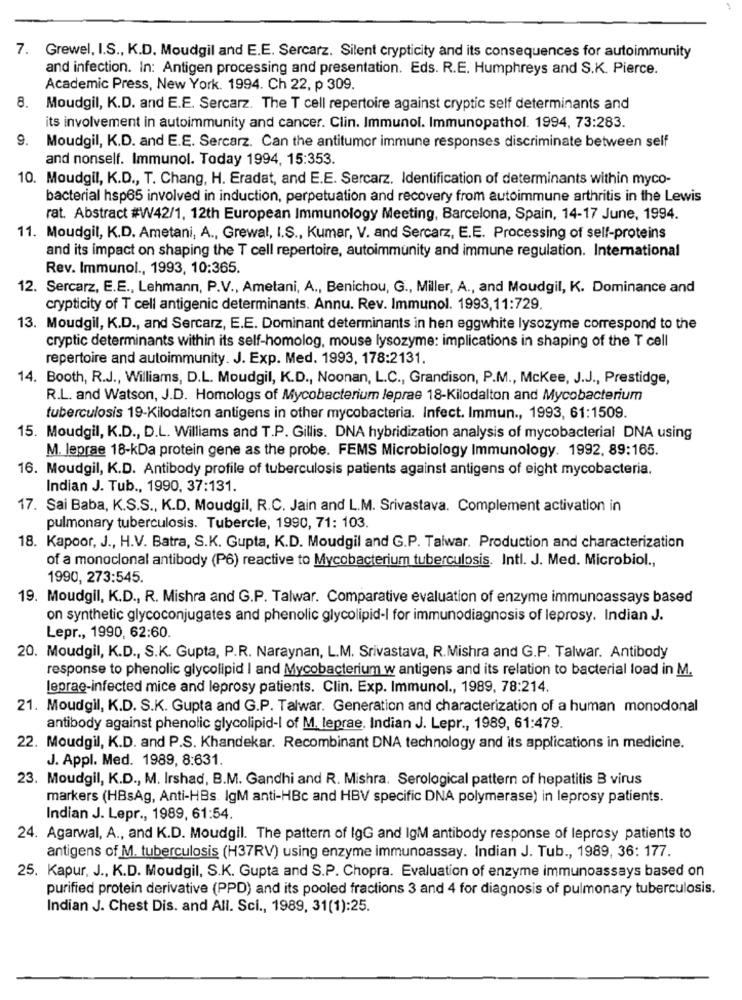
7. Grewel, I.S ., K.D. Moudgil and E.E. Sercarz. Silent crypticity and its consequences for autoimmunity
and infection. In: Antigen processing and presentation. Eds. R.E. Humphreys and S.K. Pierce.
Academic Press, New York. 1994. Ch 22, p 309.
8.
Moudgil, K.D. and E.E. Sercarz. The T cell repertoire against cryptic self determinants and
its involvement in autoimmunity and cancer. Clin. Immunol. Immunopathol. 1994, 73:283.
9.
Moudgil, K.D. and E.E. Sercarz. Can the antitumor immune responses discriminate between self
and nonself. Immunol. Today 1994, 15:353.
10. Moudgil, K.D ., T. Chang, H. Eradat, and E.E. Sercarz. Identification of determinants within myco-
bacterial hsp65 involved in induction, perpetuation and recovery from autoimmune arthritis in the Lewis
rat. Abstract #W42/1, 12th European Immunology Meeting, Barcelona, Spain, 14-17 June, 1994.
11. Moudgil, K.D. Ametani, A ., Grewal, I.S ., Kumar, V. and Sercarz, E.E. Processing of self-proteins
and its impact on shaping the T cell repertoire, autoimmunity and immune regulation. International
Rev. Immunol ., 1993, 10:365.
12. Sercarz, E.E ., Lehmann, P.V ., Ametani, A ., Benichou, G ., Miller, A ., and Moudgil, K. Dominance and
crypticity of T cell antigenic determinants. Annu. Rev. Immunol. 1993,11:729.
13. Moudgil, K.D ., and Sercarz, E.E. Dominant determinants in hen eggwhite lysozyme correspond to the
cryptic determinants within its self-homolog, mouse lysozyme: implications in shaping of the T cell
repertoire and autoimmunity. J. Exp. Med. 1993, 178:2131.
14. Booth, R.J ., Williams, D.L. Moudgil, K.D ., Noonan, L.C ., Grandison, P.M ., Mckee, J.J ., Prestidge,
R.L. and Watson, J.D. Homologs of Mycobacterium leprae 18-Kilodalton and Mycobacterium
tuberculosis 19-Kilodalton antigens in other mycobacteria. Infect. Immun ., 1993, 61:1509.
15. Moudgil, K.D ., D.L. Williams and T.P. Gillis. DNA hybridization analysis of mycobacterial DNA using
M. leprae 18-kDa protein gene as the probe. FEMS Microbiology Immunology. 1992, 89:165.
16. Moudgil, K.D. Antibody profile of tuberculosis patients against antigens of eight mycobacteria.
Indian J. Tub ., 1990, 37:131.
17. Sai Baba, K.S.S ., K.D. Moudgil, R.C. Jain and L.M. Srivastava. Complement activation in
pulmonary tuberculosis. Tubercle, 1990, 71: 103.
18. Kapoor, J ., H.V. Batra, S.K. Gupta, K.D. Moudgil and G.P. Talwar. Production and characterization
of a monoclonal antibody (P6) reactive to Mycobacterium tuberculosis. Intl. J. Med. Microbiol .,
1990, 273:545.
19. Moudgil, K.D ., R. Mishra and G.P. Talwar. Comparative evaluation of enzyme immunoassays based
on synthetic glycoconjugates and phenolic glycolipid-I for immunodiagnosis of leprosy. Indian J.
Lepr ., 1990, 62:60.
20. Moudgil, K.D ., S.K. Gupta, P.R. Naraynan, L.M. Srivastava, R.Mishra and G.P. Talwar. Antibody
response to phenolic glycolipid | and Mycobacterium w antigens and its relation to bacterial load in M.
leprae-infected mice and leprosy patients. Clin. Exp. Immunol ., 1989, 78:214.
21. Moudgil, K.D. S.K. Gupta and G.P. Talwar. Generation and characterization of a human monodonal
antibody against phenolic glycolipid-I of M. leprae, Indian J. Lepr ., 1989, 61:479.
22. Moudgil, K.D. and P.S. Khandekar. Recombinant DNA technology and its applications in medicine.
J. Appl. Med. 1989, 8:631.
23. Moudgil, K.D ., M. Irshad, B.M. Gandhi and R. Mishra. Serological pattern of hepatitis B virus
markers (HBsAg, Anti-HBs. IgM anti-HBc and HBV specific DNA polymerase) in leprosy patients.
Indian J. Lepr ., 1989, 61:54.
24. Agarwal, A ., and K.D. Moudgil. The pattern of IgG and IgM antibody response of leprosy patients to
antigens of M. tuberculosis (H37RV) using enzyme immunoassay. Indian J. Tub ., 1989, 36: 177.
25. Kapur, J ., K.D. Moudgil, S.K. Gupta and S.P. Chopra. Evaluation of enzyme immunoassays based on
purified protein derivative (PPD) and its pooled fractions 3 and 4 for diagnosis of pulmonary tuberculosis.
Indian J. Chest Dis. and All. Sci ., 1989, 31(1):25.